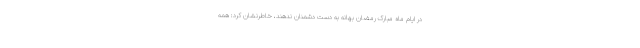
در ایام ماه مبارک رمضان بهانه به دست دشمنان ندهند، خاطرنشان کرد: همه